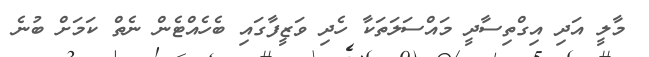
މާލީ އަދި އިގްތިސާދީ މައްސަލަތަކާ ހެދި ވަޒީފާގައި ބެހެއްޓެން ނެތް ކަމަށް ބުނެ